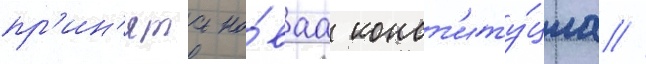
пр'ин'ята но́ваа конст'иту́циа /